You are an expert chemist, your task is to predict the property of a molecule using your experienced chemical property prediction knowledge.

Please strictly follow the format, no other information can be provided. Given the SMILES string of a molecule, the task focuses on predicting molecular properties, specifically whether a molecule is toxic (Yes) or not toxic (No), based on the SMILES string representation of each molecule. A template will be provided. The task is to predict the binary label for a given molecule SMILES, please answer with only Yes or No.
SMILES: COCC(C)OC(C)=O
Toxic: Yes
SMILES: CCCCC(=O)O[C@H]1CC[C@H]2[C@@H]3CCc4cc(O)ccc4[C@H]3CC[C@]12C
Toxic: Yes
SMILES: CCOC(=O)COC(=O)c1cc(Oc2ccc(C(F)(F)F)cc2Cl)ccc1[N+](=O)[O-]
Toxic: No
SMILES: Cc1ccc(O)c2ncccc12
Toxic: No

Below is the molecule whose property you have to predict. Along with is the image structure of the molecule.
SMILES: CC(CCc1ccc(O)cc1)NCC(O)c1ccc(O)cc1
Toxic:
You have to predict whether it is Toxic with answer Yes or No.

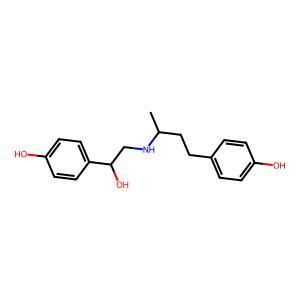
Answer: No